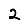
Digit: 2